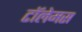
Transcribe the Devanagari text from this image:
टॉलेमस